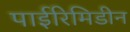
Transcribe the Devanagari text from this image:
पाईरिमिडीन